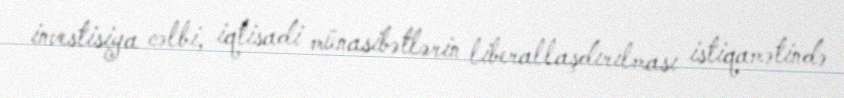
investisiya cəlbi, iqtisadi münasibətlərin liberallaşdırılması istiqamətində